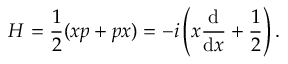
H = { \frac { 1 } { 2 } } ( x p + p x ) = - i \left( x { \frac { \mathrm { d } } { \mathrm { d } x } } + { \frac { 1 } { 2 } } \right) .